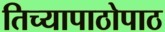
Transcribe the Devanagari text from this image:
तिच्यापाठोपाठ